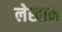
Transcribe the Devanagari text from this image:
लेखान